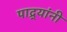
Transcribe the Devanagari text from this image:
पाद्र्यांनी